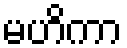
မဟိကာ